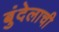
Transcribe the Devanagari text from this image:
बुंदेलाची